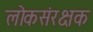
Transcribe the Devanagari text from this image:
लोकसंरक्षक